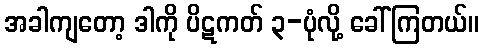
အခါကျတော့ ဒါကို ပိဋကတ် ၃-ပုံလို့ ခေါ်ကြတယ်။